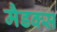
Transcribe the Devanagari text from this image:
मैडक्स